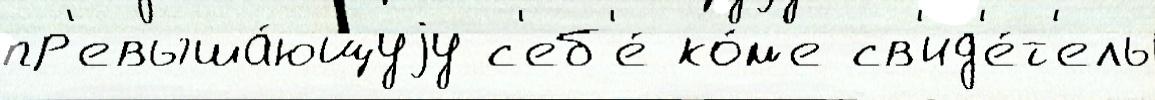
пр'евыша́ющуjу с'еб'е́ ко́м'е св'ид'е́т'ель